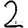
Digit: 2